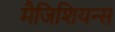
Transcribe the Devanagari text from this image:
मैजिशियन्स